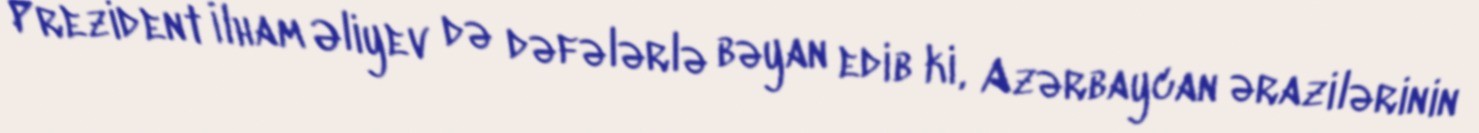
Prezident İlham Əliyev də dəfələrlə bəyan edib ki, Azərbaycan ərazilərinin